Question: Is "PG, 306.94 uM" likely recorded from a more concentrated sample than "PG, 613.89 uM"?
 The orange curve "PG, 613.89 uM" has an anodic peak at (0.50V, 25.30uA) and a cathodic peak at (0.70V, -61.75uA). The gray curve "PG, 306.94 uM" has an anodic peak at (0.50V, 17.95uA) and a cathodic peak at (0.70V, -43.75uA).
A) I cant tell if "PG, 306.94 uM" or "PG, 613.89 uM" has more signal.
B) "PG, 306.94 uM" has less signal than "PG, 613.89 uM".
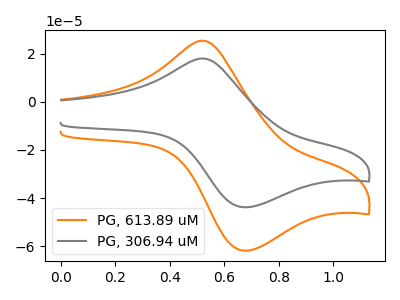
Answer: <think>All the peaks in "PG, 306.94 uM" have a peak in "PG, 613.89 uM" at the same potential. Every peak in "PG, 306.94 uM" is lower than every peak in "PG, 613.89 uM".
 </think>
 <answer>B) "PG, 306.94 uM" has less signal than "PG, 613.89 uM".</answer>
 <eval>B</eval>